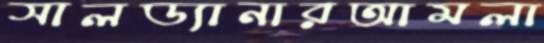
সালড্যানারআমলা